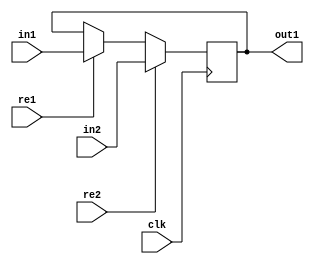
`timescale 1ns / 1ps
//////////////////////////////////////////////////////////////////////////////////
// Company: 
// Engineer: 
// 
// Design Name: 
// Module Name:    MAR 
// Project Name: 
// Target Devices: 
// Tool versions: 
// Description: 
//
// Dependencies: 
//
// Revision: 
// Revision 0.01 - File Created
// Additional Comments: 
//
//////////////////////////////////////////////////////////////////////////////////
module MAR(in1,in2,out1,clk,re1,re2);
	input clk,re1,re2;
	input [14:0]in1;
	input [14:0]in2;
	output [14:0]out1;
	reg [14:0]out1;
	
	always @(posedge clk)
    begin
		if (re1)
			out1 <= in1; 
		if (re2)
			out1 <= in2;
	end
	
endmodule